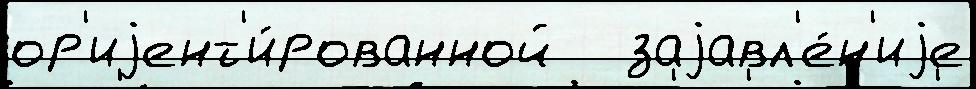
ор'иjент'и́рованной   заjавл'е́н'иjе